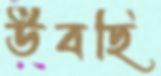
উবছি